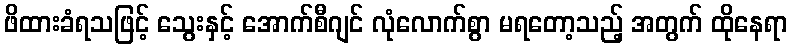
ဖိထားခံရသဖြင့် သွေးနှင့် အောက်စီဂျင် လုံလောက်စွာ မရတော့သည့် အတွက် ထိုနေရာ